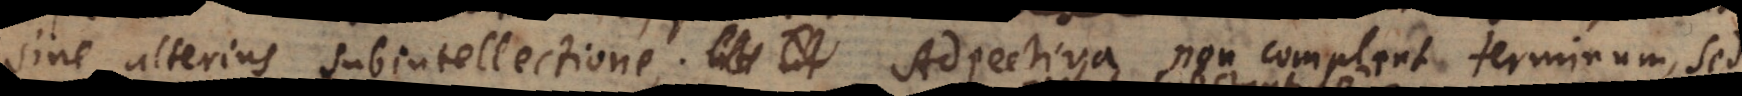
sine alterius subintellectione. Adjectiva non complent terminum, sed